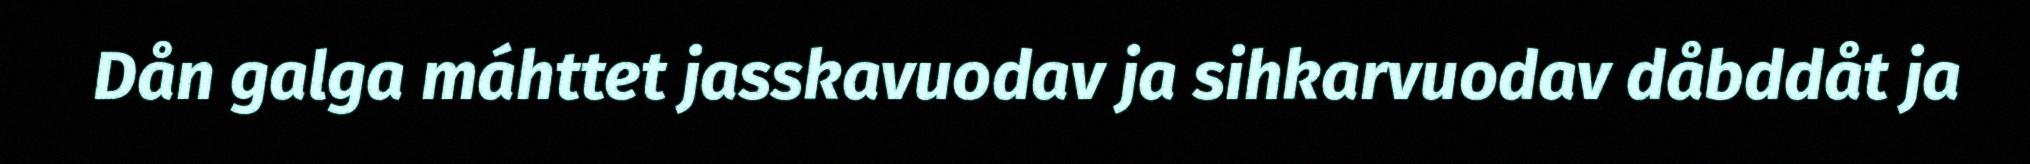
Dån galga máhttet jasskavuodav ja sihkarvuodav dåbddåt ja